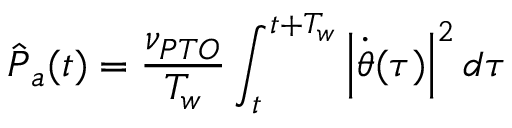
\hat { \boldsymbol { P } } _ { a } ( t ) = \frac { \nu _ { P T O } } { T _ { w } } \int _ { t } ^ { t + T _ { w } } \left| \dot { \boldsymbol { \theta } } ( \tau ) \right| ^ { 2 } d \tau